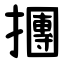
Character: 㩛